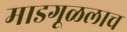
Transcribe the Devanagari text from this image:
माडगूळलाच